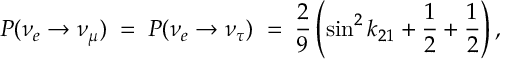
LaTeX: P ( \nu _ { e } \to \nu _ { \mu } ) \; = \; P ( \nu _ { e } \to \nu _ { \tau } ) \; = \; \frac { 2 } { 9 } \left( \sin ^ { 2 } k _ { 2 1 } + \frac { 1 } { 2 } + \frac { 1 } { 2 } \right) ,